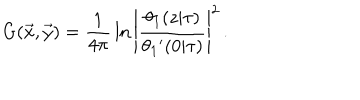
G ( \vec { x } , \vec { y } ) = { \frac { 1 } { 4 \pi } } \ln \left| { \frac { \theta _ { 1 } ( z | \tau ) } { \theta _ { 1 } { ' } ( 0 | \tau ) } } \right| ^ { 2 } \, .